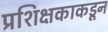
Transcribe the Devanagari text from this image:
प्रशिक्षकाकडून